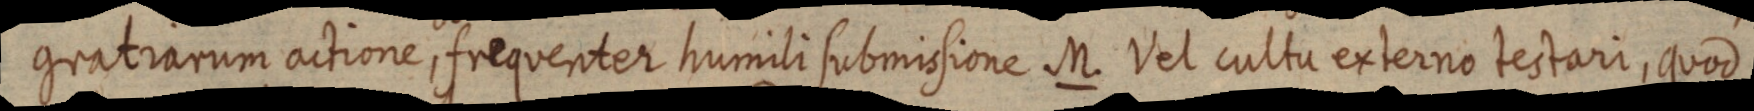
gratrarum actione, frequenter humili submisione M. Vet culta externo testari, quod